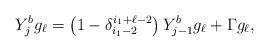
LaTeX: \begin{align*} Y^b_j g_\ell = \left(1-\delta^{i_1+\ell-2}_{i_1-2}\right)Y^{b}_{j-1}g_{\ell}+\Gamma g_\ell,\end{align*}